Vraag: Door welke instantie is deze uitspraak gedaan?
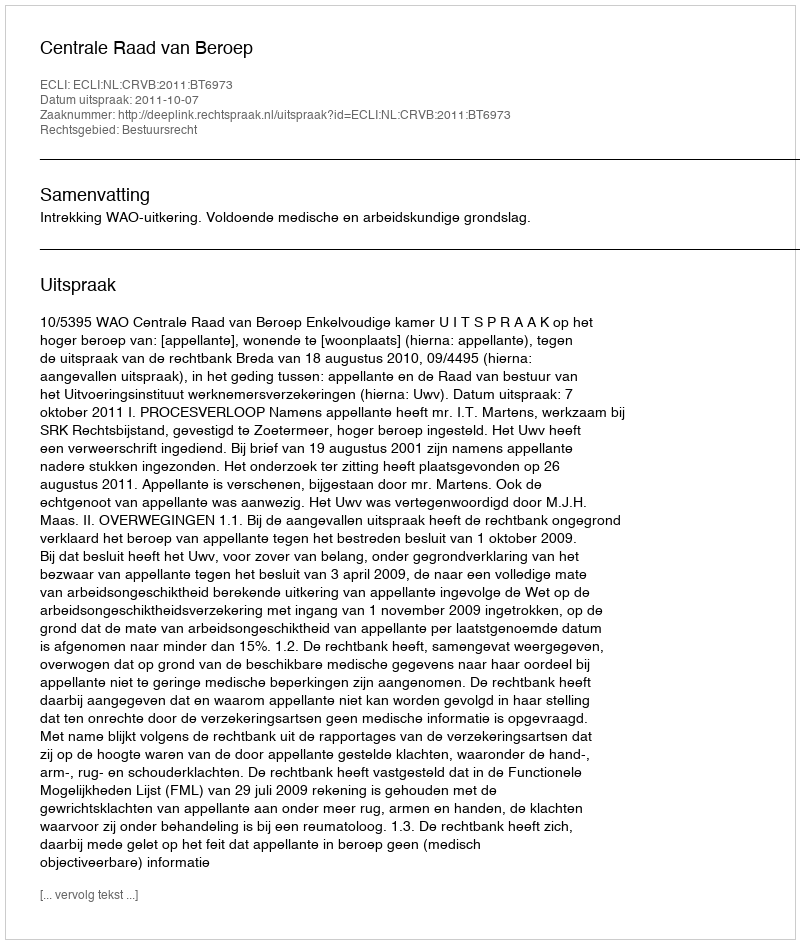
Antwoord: Centrale Raad van Beroep